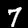
Digit: 7